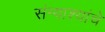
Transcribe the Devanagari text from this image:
संन्याश्यांचे